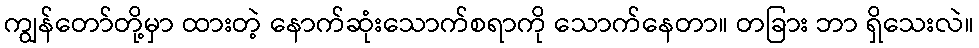
ကျွန်တော်တို့မှာ ထားတဲ့ နောက်ဆုံးသောက်စရာကို သောက်နေတာ။ တခြား ဘာ ရှိသေးလဲ။